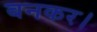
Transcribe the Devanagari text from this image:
बनकर।